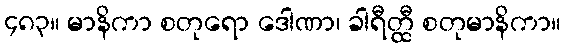
၄၈၃။ မာနိကာ စတုရော ဒေါဏာ၊ ခါရီတ္ထီ စတုမာနိကာ။